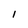
Character: l